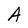
Character: A